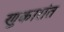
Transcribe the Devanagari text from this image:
णुकारांत